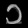
Digit: ၁